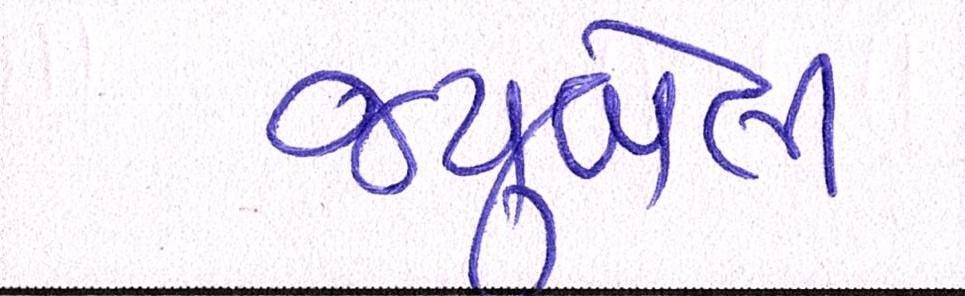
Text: જ્યુબેલી